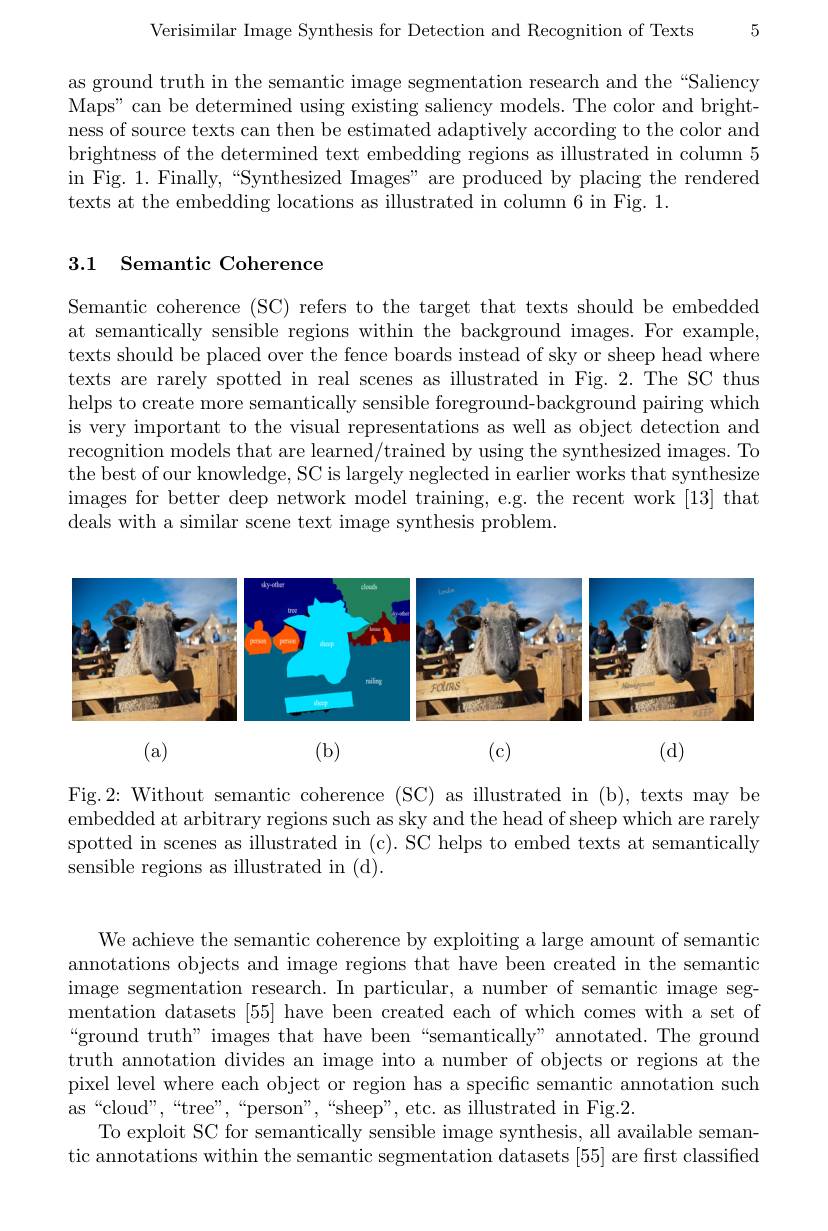
Verisimilar Image Synthesis for Detection and Recognition of Texts 5

as ground truth in the semantic image segmentation research and the“Saliency Maps" can be determined using existing saliency models. The color and brightness of source texts can then be estimated adaptively according to the color and brightness of the determined text embedding regions as illustrated in column 5 in Fig. 1. Finally,“Synthesized Images”are produced by placing the rendered texts at the embedding locations as illustrated in column 6 in Fig. 1.

### 3.1 Semantic Coherence

Semantic coherence (SC) refers to the target that texts should be embedded at semantically sensible regions within the background images. For example, texts should be placed over the fence boards instead of sky or sheep head where texts are rarely spotted in real scenes as illustrated in Fig.2. The SC thus helps to create more semantically sensible foreground-background pairing which is very important to the visual representations as well as object detection and recognition models that are learned/trained by using the synthesized images. To the best of our knowledge, SC is largely neglected in earlier works that synthesize images for better deep network model training, e.g. the recent work [13] that deals with a similar scene text image synthesis problem.

<FigureHere>

(d)

(a)

(b)

(c)

Fig.2: Without semantic coherence (SC) as illustrated in (b), texts may be embedded at arbitrary regions such as sky and the head of sheep which are rarely spotted in scenes as illustrated in (c). SC helps to embed texts at semantically sensible regions as illustrated in (d).

We achieve the semantic coherence by exploiting a large amount of semantic annotations objects and image regions that have been created in the semantic image segmentation research. In particular, a number of semantic image segmentation datasets [55] have been created each of which comes with a set of “ground truth” images that have been“semantically” annotated. The ground truth annotation divides an image into a number of objects or regions at the pixel level where each object or region has a specific semantic annotation such as“cloud”,““tree”,“'''sheep”,“etc.asillustratedinFig.2.
To exploit SC for semantically sensible image synthesis, all available semantic annotations within the semantic segmentation datasets [55] are frst classified